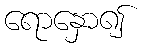
ရောနှော၍